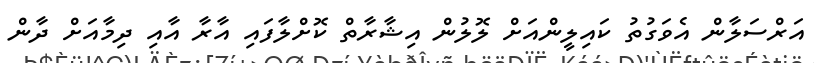
އަރްސަލާން އެވަގުތު ކައިލީންއަށް ލޮލުން އިޝާރާތް ކޮށްލާފައި އާރާ އާއި ދިމާއަށް ދާން